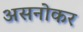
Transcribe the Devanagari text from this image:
असनोकर